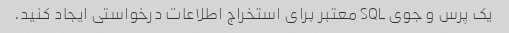
یک پرس و جوی SQL معتبر برای استخراج اطلاعات درخواستی ایجاد کنید.